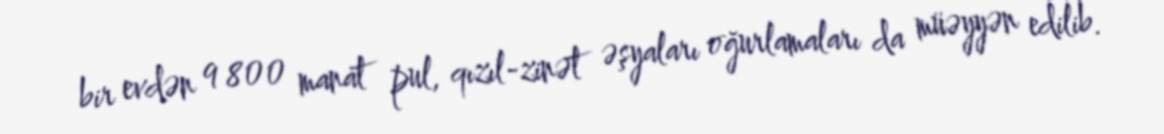
bir evdən 9 800 manat pul, qızıl-zinət əşyaları oğurlamaları da müəyyən edilib.